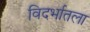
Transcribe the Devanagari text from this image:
विदर्भातला